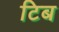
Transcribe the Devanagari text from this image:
टिब